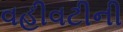
વહીવટીની